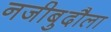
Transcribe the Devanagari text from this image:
नजीबुदौला